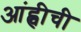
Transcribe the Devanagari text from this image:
आंह्वीची